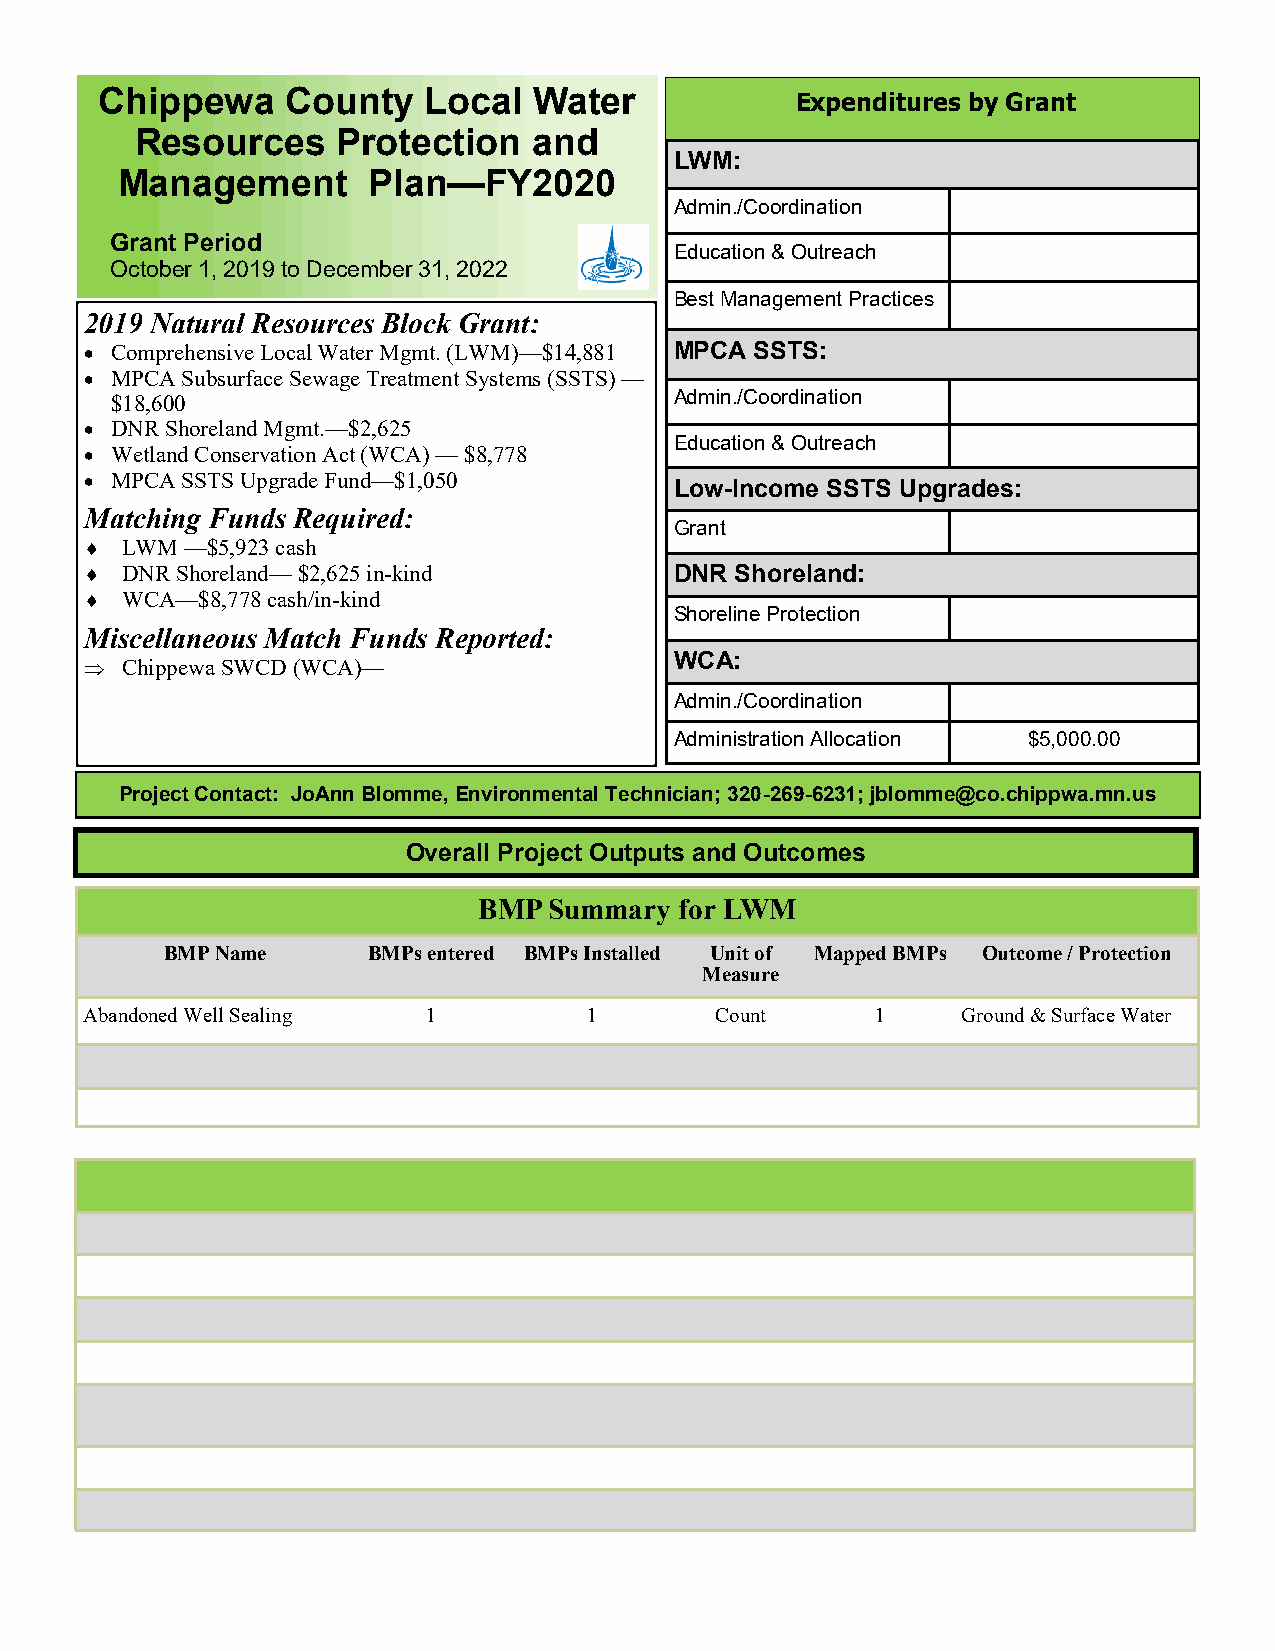
Chippewa     County   Local  Water
 Expenditures by Grant
 Resources    Protection   and
 LWM:
 Management      Plan—FY2020
 Admin./Coordination
 Grant Period
 Education & Outreach
 October 1, 2019 to December 31, 2022
 Best Management Practices
 2019 Natural Resources Block Grant:
 • Comprehensive Local Water Mgmt. (LWM)—$14,881 MPCA SSTS:
 • MPCA Subsurface Sewage Treatment Systems (SSTS) —
 $18,600                               Admin./Coordination
 • DNR Shoreland Mgmt.—$2,625
 Education & Outreach
 • Wetland Conservation Act (WCA) — $8,778
 • MPCA SSTS Upgrade Fund—$1,050        Low-Income SSTS Upgrades:
 Matching Funds Required:
 Grant
  LWM —$5,923 cash
  DNR Shoreland— $2,625 in-kind        DNR Shoreland:
  WCA—$8,778 cash/in-kind
 Shoreline Protection
 Miscellaneous Match Funds Reported:
  Chippewa SWCD (WCA)—
 WCA:
 Admin./Coordination
 Administration Allocation $5,000.00
 Project Contact: JoAnn Blomme, Environmental Technician; 320-269-6231; jblomme@co.chippwa.mn.us
 Overall Project Outputs and Outcomes
 BMP Summary  for LWM
 BMP Name     BMPs entered BMPs Installed Unit of Mapped BMPs Outcome / Protection
 Measure
 Abandoned Well Sealing 1          1       Count      1     Ground & Surface Water